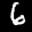
Label: 6